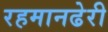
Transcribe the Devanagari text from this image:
रहमानढेरी